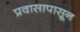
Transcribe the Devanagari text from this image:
प्रवासापासून